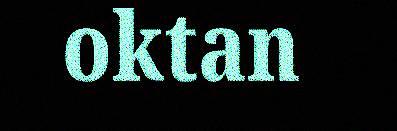
oktan